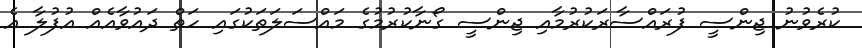
ކުރެވުނު ޖިންސީ ފުރައްސާރަކުރުމާއި ޖިންސީ ގޯޯނާކުރުމުގެ މައްސަލަތަކުގައި ހަތް ދައުވާއެއް އުފުލާ އެ